Indian journal of veterinary science and animal husbandry - Volumes 18-21, 1948-1951
Year: 1948
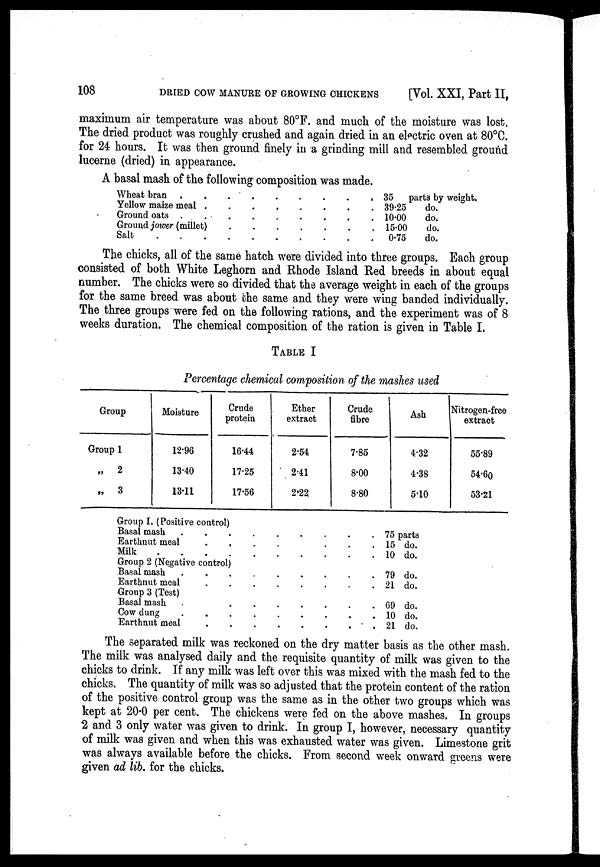
108
DRIED COW MANURE OF GROWING CHICKENS
[Vol. XXI, Part II,
maximum air temperature was about 80°F. and much of the moisture was lost.
The dried product was roughly crushed and again dried in an electric oven at 80°C.
for 24 hours. It was then ground finely in a grinding mill and resembled ground
lucerne (dried) in appearance.
A basal mash of the following composition was made.
Wheat bran . . . . . . . . . . . .
Yellow maize meal . . . . . .
Ground oats . . . . . . . . . . . .
Ground jower (millet) . . . . . . .
Salt . . . . . . . . . . . .
35 parts by weight.
39.25
do.
10.00
do.
15.00
do.
0.75
do.
The chicks, all of the same hatch were divided into three groups. Each group
consisted of both White Leghorn and Rhode Island Red breeds in about equal
number. The chicks were so divided that the average weight in each of the groups
for the same breed was about the same and they were wing banded individually.
The three groups were fed on the following rations, and the experiment was of 8
weeks duration. The chemical composition of the ration is given in Table I.
TABLE I
Percentage chemical composition of the mashes used
Group
Group 1
„ 2
„ 3
Moisture
12.96
13.40
13.11
Crude
protein
16.44
17.25
17.56
Ether
extract
2.54
2.41
2.22
Crude
fibre
7.85
8.00
8.80
Ash
4.32
4.38
5.10
Nitrogen-free
extract
55.89
54.60
53.21
Group I. (Positive control)
Basal mash
......
Earthnut meal
....
Milk
Group 2 (Negative control)
Basal mash
......
Earthnut meal
.....
Group 3 (Test)
Basal mash
....
Cow dung
......
Earthnut meal
.....
75 parts
15 do.
10 do.
79 do.
21 do.
69 do.
10 do.
21 do.
The separated milk was reckoned on the dry matter basis as the other mash.
The milk was analysed daily and the requisite quantity of milk was given to the
chicks to drink. If any milk was left over this was mixed with the mash fed to the
chicks. The quantity of milk was so adjusted that the protein content of the ration
of the positive control group was the same as in the other two groups which was
kept at 20.0 per cent. The chickens were fed on the above mashes. In groups
2 and 3 only water was given to drink. In group I, however, necessary quantity
of milk was given and when this was exhausted water was given. Limestone grit
was always available before the chicks. From second week onward greens were
given ad lib. for the chicks.